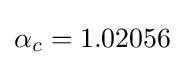
\alpha _{c}=1.02056